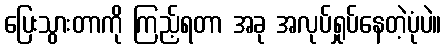
ပြေးသွားတာကို ကြည့်ရတာ အခု အလုပ်ရှုပ်နေတဲ့ပုံပဲ။